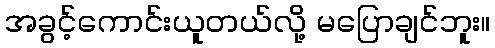
အခွင့်ကောင်းယူတယ်လို့ မပြောချင်ဘူး။